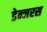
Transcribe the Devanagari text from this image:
डेन्जरस